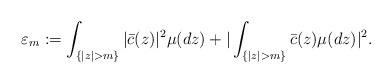
LaTeX: \begin{align*}\varepsilon _{m}:=\int_{\{|z|>m\}}|\bar{c}(z)|^{2}\mu (dz)+|\int_{\{|z|>m\}}\bar{c}(z)\mu (dz)|^{2}.\end{align*}